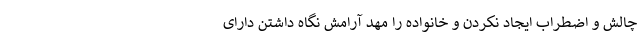
چالش و اضطراب ایجاد نکردن و خانواده را مهد آرامش نگاه داشتن دارای